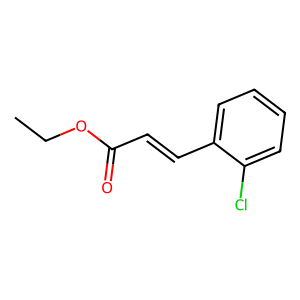
SMILES: CCOC(=O)C=Cc1ccccc1Cl
Inhibits HIV replication: No